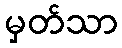
မှတ်သာ